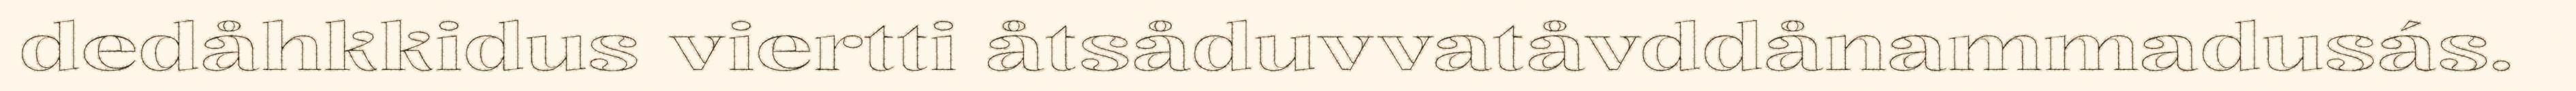
dedåhkkidus viertti åtsåduvvatåvddånammadusás.